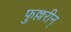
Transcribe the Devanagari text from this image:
फुल्लरीन्